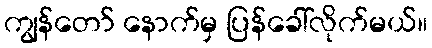
ကျွန်တော် နောက်မှ ပြန်ခေါ်လိုက်မယ်။